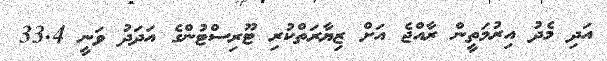
އަދި މެދު އިރުމަތީން ރާއްޖެ އަށް ޒިޔާރަތްކުރި ޓޫރިސްޓުންގެ އަދަދު ވަނީ 33.4